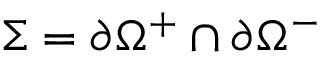
\Sigma = \ensuremath { \partial } \Omega ^ { + } \cap \ensuremath { \partial } \Omega ^ { - }